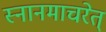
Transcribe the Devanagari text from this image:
स्नानमाचरेत्